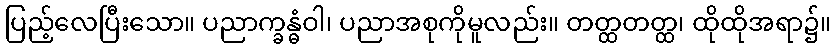
ပြည့်လေပြီးသော။ ပညာက္ခန္ဓံဝါ၊ ပညာအစုကိုမူလည်း။ တတ္ထတတ္ထ၊ ထိုထိုအရာ၌။